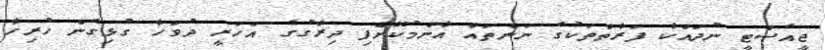
ޖީއެސްޓީ ނުދައްކާ ފަރާތްތަކުގެ ނަންތައް އާންމުކޮށްފި ދިރާގުގެ އަހަރީ ދުވަހާ ގުޅިގެން ހުރިހާ